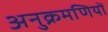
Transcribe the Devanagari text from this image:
अनुक्रमणियों